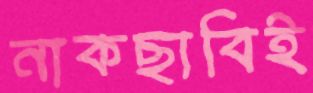
নাকছাবিই